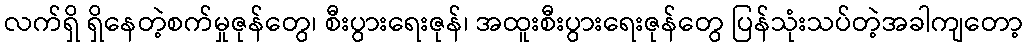
လက်ရှိ ရှိနေတဲ့စက်မှုဇုန်တွေ၊ စီးပွားရေးဇုန်၊ အထူးစီးပွားရေးဇုန်တွေ ပြန်သုံးသပ်တဲ့အခါကျတော့